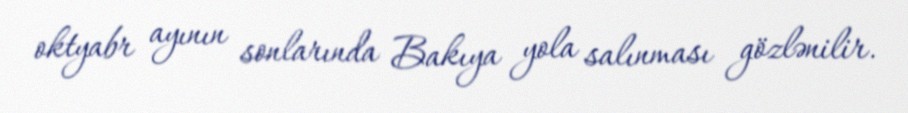
oktyabr ayının sonlarında Bakıya yola salınması gözlənilir.